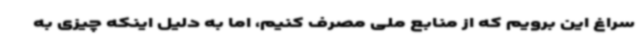
سراغ این برویم که از منابع ملی مصرف کنیم، اما به دلیل اینکه چیزی به